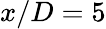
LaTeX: x/D=5